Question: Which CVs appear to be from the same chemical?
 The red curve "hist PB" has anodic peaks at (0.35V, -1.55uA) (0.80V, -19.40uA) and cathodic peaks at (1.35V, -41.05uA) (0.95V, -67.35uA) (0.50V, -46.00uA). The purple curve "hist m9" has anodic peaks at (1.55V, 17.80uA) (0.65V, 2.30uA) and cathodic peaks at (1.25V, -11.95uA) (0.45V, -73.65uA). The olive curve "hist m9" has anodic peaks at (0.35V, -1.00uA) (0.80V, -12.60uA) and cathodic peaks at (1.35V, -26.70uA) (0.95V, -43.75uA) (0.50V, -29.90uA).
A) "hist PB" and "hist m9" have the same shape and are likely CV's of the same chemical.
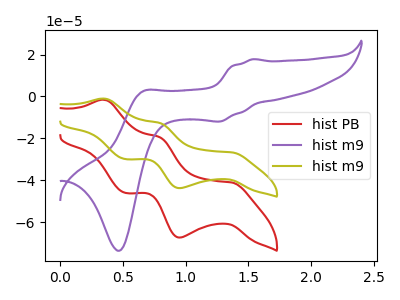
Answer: <think>"hist PB" and "hist m9" have a different number of peaks. All the peaks in "hist PB" have a peak in "hist m9" at the same potential. "hist m9" and "hist m9" have a different number of peaks.
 </think>
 <answer>A) "hist PB" and "hist m9" have the same shape and are likely CV's of the same chemical.</answer>
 <eval>A</eval>